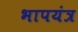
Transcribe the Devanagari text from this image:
भापयंत्र